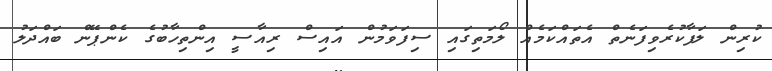
ކުރިން ލަފާކުރެވިފަނެތް އެތައްކަމެއް ލޯމަތިގައި ސިފަވަމުން އައިސް ރިއާސީ އިންތިހާބުގެ ކެންޕޭން ބައްދަލު